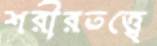
শরীরতত্ত্বে